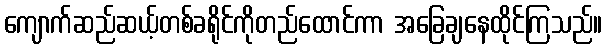
ကျောက်ဆည်ဆယ့်တစ်ခရိုင်ကိုတည်ထောင်ကာ အခြေချနေထိုင်ကြသည်။